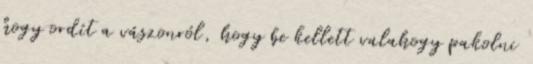
hogy ordít a vászonról, hogy be kellett valahogy pakolni